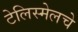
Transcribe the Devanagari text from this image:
टेलिस्मेलचे